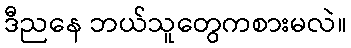
ဒီညနေ ဘယ်သူတွေကစားမလဲ။